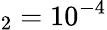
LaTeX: _2=10^{-4}